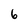
Character: 6